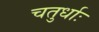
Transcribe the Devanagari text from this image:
चतुर्धाः